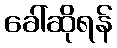
ခေါ်ဆိုရန်